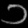
Digit: ၁